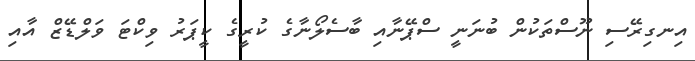
އިނގިރޭސި ނޫސްތަކުން ބުނަނީ ސްޕޭނާއި ބާސެލޯނާގެ ކުރީގެ ކީޕަރު ވިކްޓަ ވަލްޑޭޒް އާއި